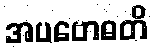
အပဗောဓတိ